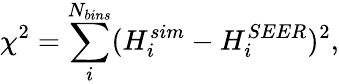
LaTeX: \chi^{2}=\sum_{i}^{N_{bins}}(H_{i}^{sim}-H_{i}^{SEER})^{2},